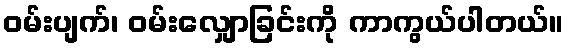
ဝမ်းပျက်၊ ဝမ်းလျှောခြင်းကို ကာကွယ်ပါတယ်။